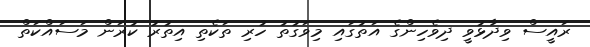
ރައީސް ވިދާޅުވީ ދިވެހިންގެ އަތުގައި މިވަގުތު ހުރި ތަކެތި އިތުރު ކުރަން މަސައްކަތް